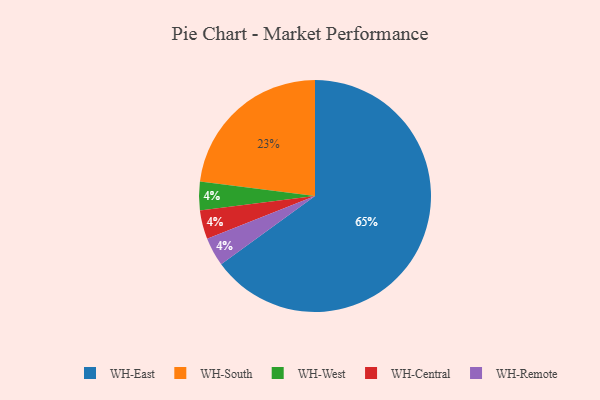
{"axis": {"x": "Category", "y": "Percentage"}, "legend": ["WH-Central", "WH-East", "WH-Remote", "WH-South", "WH-West"], "data": [{"x": "WH-South", "y": 23, "type": "WH-South"}, {"x": "WH-West", "y": 4, "type": "WH-West"}, {"x": "WH-East", "y": 65, "type": "WH-East"}, {"x": "WH-Central", "y": 4, "type": "WH-Central"}, {"x": "WH-Remote", "y": 4, "type": "WH-Remote"}]}